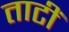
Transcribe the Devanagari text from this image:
ताटीं